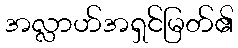
အလ္လာဟ်အရှင်မြတ်၏